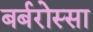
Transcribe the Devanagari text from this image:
बर्बरोस्सा